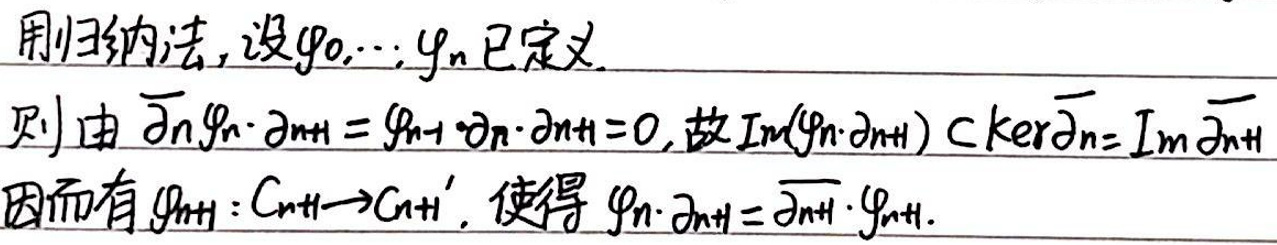
用归纳法, 设$\varphi_0,\cdots,\varphi_n$已定义.
则由$\overline{\partial}_n\varphi_n\cdot\partial_{n + 1}=\varphi_{n+1}\cdot\partial_n\cdot\partial_{n + 1}=0$, 故$\text{Im}(\varphi_n\cdot\partial_{n + 1})\subset\text{ker}\overline{\partial}_n=\text{Im}\overline{\partial}_{n+1}$
因而有$\varphi_{n + 1}:C_{n+1}\to C_{n+1}', $使得$\varphi_n\cdot\partial_{n + 1}=\overline{\partial}_{n+1}\cdot\varphi_{n+1}.$